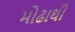
મોઢાથી